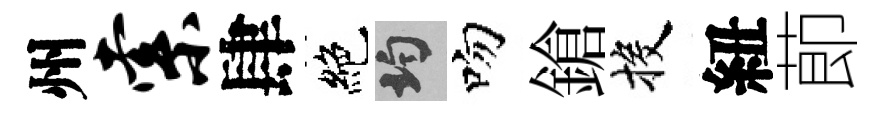
州索肆絶均吻鎗投紐莭